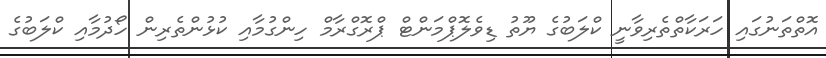
އޮތްތަނުގައި ހަރަކާތްތެރިވާނީ ކްލަބުގެ ޔޫތު ޑިވެލޮޕްމަންޓް ޕްރޮގްރާމް ހިންގުމާއި ކުޅުންތެރިން ހޯދުމާއި ކްލަބުގެ